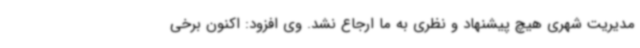
مدیریت شهری هیچ پیشنهاد و نظری به ما ارجاع نشد. وی افزود: اکنون برخی